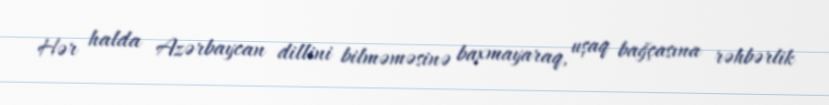
Hər halda Azərbaycan dillini bilməməsinə baxmayaraq, uşaq bağçasına rəhbərlik